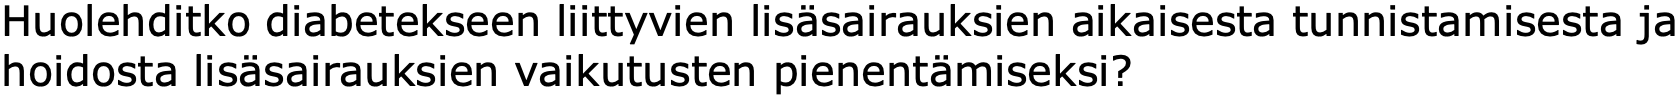
Huolehditko diabetekseen liittyvien lisäsairauksien aikaisesta tunnistamisesta ja hoidosta lisäsairauksien vaikutusten pienentämiseksi?